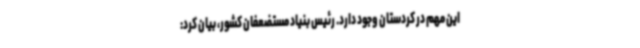
این مهم در کردستان وجود دارد. رئیس بنیاد مستضعفان کشور، بیان کرد: